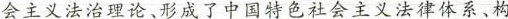
会主义法治理论、形成了中国特色社会主义法律体系、构